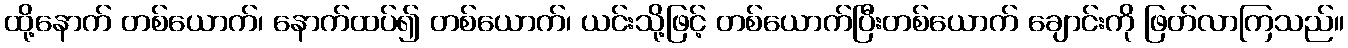
ထို့နောက် တစ်ယောက်၊ နောက်ထပ်၍ တစ်ယောက်၊ ယင်းသို့ဖြင့် တစ်ယောက်ပြီးတစ်ယောက် ချောင်းကို ဖြတ်လာကြသည်။